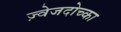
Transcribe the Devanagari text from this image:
ज़्वेजदोच्का